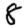
Digit: 8